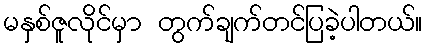
မနှစ်ဇူလိုင်မှာ တွက်ချက်တင်ပြခဲ့ပါတယ်။